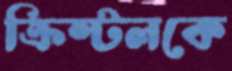
ক্রিস্টলকে